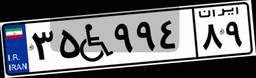
۷۷W۸۹۱۱۱